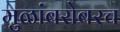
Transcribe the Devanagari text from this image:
मुळांबरोबरच